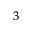
_ 3